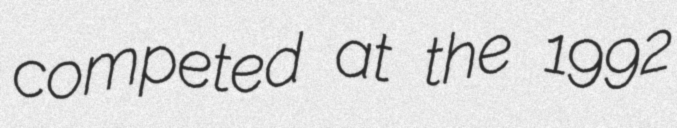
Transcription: competed at the 1992